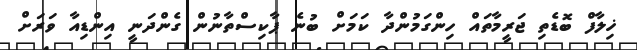
ޚިލާފް ބޮޑެތި ޖަރީމާތައް ހިންގަމުންދާ ކަމަށް ބުނެ ޕާކިސްތާނުން ގެންދަނީ އިންޑިއާ ވަރަށް